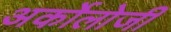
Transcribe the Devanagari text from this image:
अर्कोलोजी